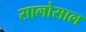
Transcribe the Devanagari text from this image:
सालोसाल